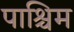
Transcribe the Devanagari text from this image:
पाश्चिम